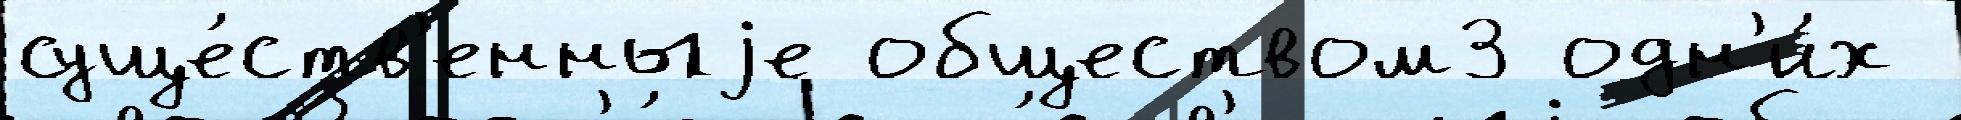
суще́ств'енныjе обществом3 одн'и́х